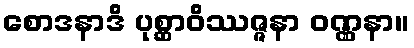
စောဒနာဒိ ပုစ္ဆာဝိဿဇ္ဇနာ ဝဏ္ဏနာ။